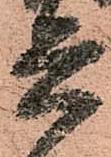
兵